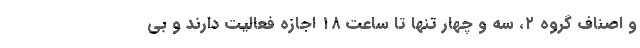
و اصناف گروه ۲، سه و چهار تنها تا ساعت ۱۸ اجازه فعالیت دارند و بی